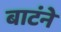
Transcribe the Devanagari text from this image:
बाटंने